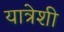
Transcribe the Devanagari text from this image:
यात्रेशी